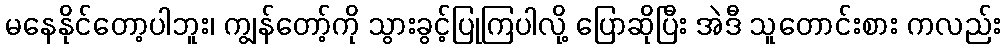
မနေနိုင်တော့ပါဘူး၊ ကျွန်တော့်ကို သွားခွင့်ပြုကြပါလို့ ပြောဆိုပြီး အဲဒီ သူတောင်းစား ကလည်း